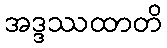
အဒ္ဒဿထာတိ